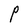
Character: P